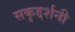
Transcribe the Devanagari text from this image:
सकृद्दर्शनी